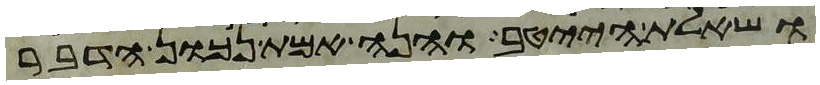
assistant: ושאלת הייטב והנה אמת נכון הדבר